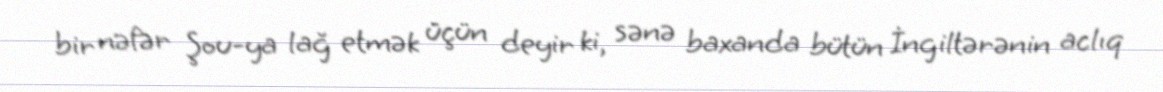
bir nəfər Şou-ya lağ etmək üçün deyir ki, sənə baxanda bütün İngiltərənin aclıq